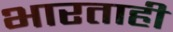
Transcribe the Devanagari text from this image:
भारताही